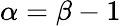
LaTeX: \alpha=\beta-1